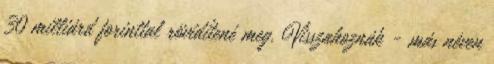
30 milliárd forinttal rövidítené meg. Visszahoznák - más néven